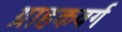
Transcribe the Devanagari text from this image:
ग्राहकवर्ग